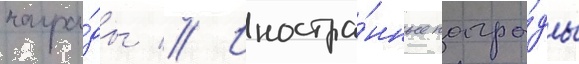
награ́ды // Иностра́нные награ́ды